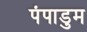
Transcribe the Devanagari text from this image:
पंपाडुम